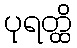
ပုရတ္ထိ